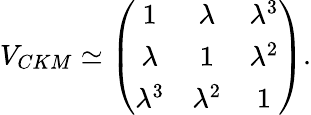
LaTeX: V_{CKM}\simeq\left(\begin{array}{ccc}{{1}}&{{\lambda}}&{{\lambda^{3}}}\\ {{\lambda}}&{{1}}&{{\lambda^{2}}}\\ {{\lambda^{3}}}&{{\lambda^{2}}}&{{1}}\end{array}\right).